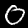
Label: 0